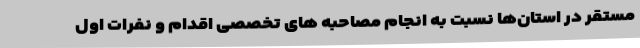
مستقر در استان‌ها نسبت به انجام مصاحبه های تخصصی اقدام و نفرات اول